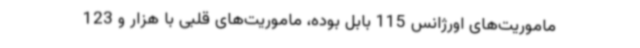
ماموریت‌های اورژانس 115 بابل بوده، ماموریت‌های قلبی با هزار و 123